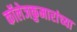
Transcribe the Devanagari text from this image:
कॉलेजकुमारांच्या